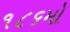
૧૮૬મો